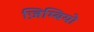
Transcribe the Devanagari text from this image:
ज़िम्बियो